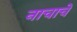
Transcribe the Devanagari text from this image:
नाचाचे